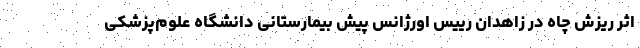
اثر ریزش چاه در زاهدان رییس اورژانس پیش بیمارستانی دانشگاه علوم‌پزشکی